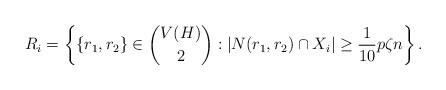
\begin{align*} R_i = \left\{ \{r_1, r_2\} \in \binom{V(H)}{2} : |N(r_1,r_2) \cap X_i| \geq \frac{1}{10} p\zeta n\right\}.\end{align*}